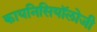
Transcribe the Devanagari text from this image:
कायनिसियॉलोजी